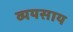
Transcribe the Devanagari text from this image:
व्ययसाय